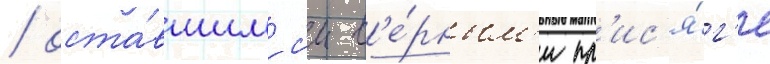
/ оста́вшимс'я в'е́рным'и пр'ис'я́г'е